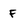
Character: F